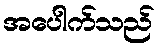
အပေါက်သည်